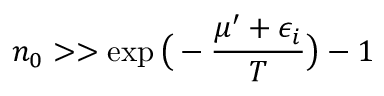
n _ { 0 } > > \exp { \big ( - \frac { \mu ^ { \prime } + \epsilon _ { i } } { T } \big ) } - 1